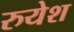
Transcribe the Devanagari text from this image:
रुयेश